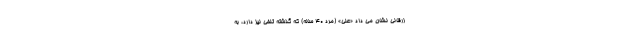
زرقانی نشان می داد «علی» (مرد 40 ساله) که گذشته تلخی نیز دارد، به